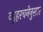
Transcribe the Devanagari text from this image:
व्युहरचनेनुसार